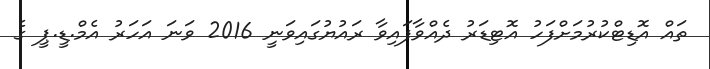
ތައް އޮޑިޓްކުރުމަށްފަހު އޮޓިޑަރު ދެއްވާފައިވާ ރައުޔުގައިވަނީ 2016 ވަނަ އަހަރު އެމް.ޑީ.ޕީ ގެ